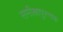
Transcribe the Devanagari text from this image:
समीक्षापुस्त्तक